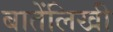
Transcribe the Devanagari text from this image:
बातेंलिखी